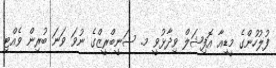
ފުލުހުންގެ މީޑިއާ އޮފިޝަލް ވިދާޅުވީ މ. ސަނީބްރީޒްގެ ނުވަ ވަނަ ބުރިން ވެއްޓި